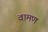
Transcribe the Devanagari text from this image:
वामण